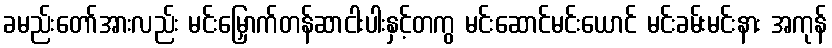
ခမည်းတော်အားလည်း မင်းမြှောက်တန်ဆာငါးပါးနှင့်တကွ မင်းဆောင်မင်းယောင် မင်းခမ်းမင်းနား အကုန်